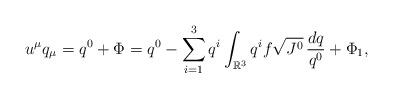
LaTeX: \begin{align*}u^\mu q_\mu&=q^0+\Phi=q^0-\sum_{i=1}^3 q^i\int_{\mathbb{R}^3}q^i f\sqrt{J^0}\,\frac{dq}{q^0}+\Phi_1,\end{align*}